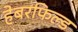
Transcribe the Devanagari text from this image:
हेबरफिल्ड